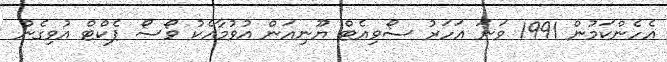
އެހެންކަމުން 1991 ވަނަ އަހަރު ސޯވިއެޓް ޔޫނިއަން އުވުމާއެކު ވޯސޯ ޕެކްޓް އުވިގެން